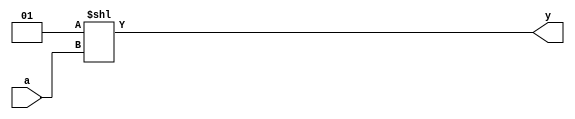
module dec2_4 (
    input  [1:0] a,
    output [3:0] y
);

  assign y = 1 << a;

endmodule  //decoder2x4